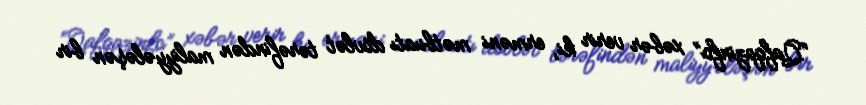
“Qafqazinfo” xəbər verir ki, erməni mətbuatı dövlət tərəfindən maliyyələşən bir